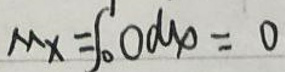
$M x = \int _ { 0 } ^ { 1 } 0 d y _ { 0 } = 0$